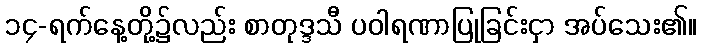
၁၄-ရက်နေ့တို့၌လည်း စာတုဒ္ဒသီ ပဝါရဏာပြုခြင်းငှာ အပ်သေး၏။